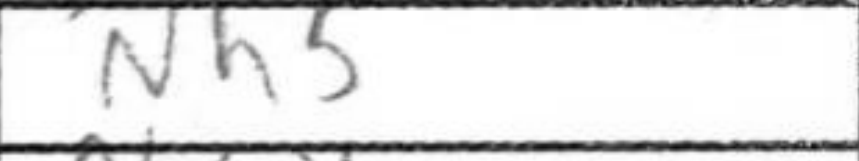
Transcription: Nh5